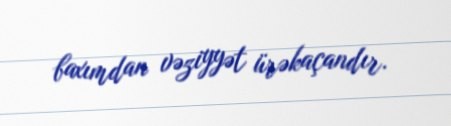
baxımdan vəziyyət ürəkaçandır.